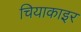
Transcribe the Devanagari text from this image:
चियाकाइर